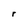
Character: r